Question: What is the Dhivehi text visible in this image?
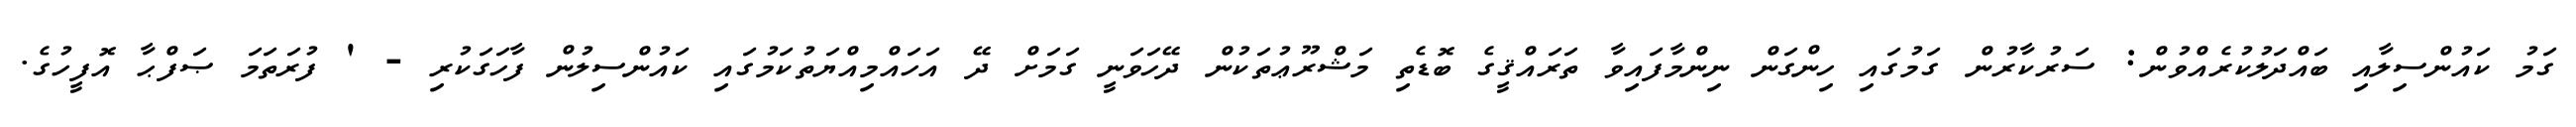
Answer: ގަމު ކައުންސިލާއި ބައްދަލުކުރެއްވުން: ސަރުކާރުން ގަމުގައި ހިންގަން ނިންމާފައިވާ ތަރައްޤީގެ ބޮޑެތި މަޝްރޫޢުތަކުން ދޭހަވަނީ ގަމަށް ދޭ އަހައްމިއްޔަތުކަމުގައި ކައުންސިލުން ފާހަގަކުރި - ' ފުރަތަމަ ޞަފްޙާ އޮފީހުގެ.